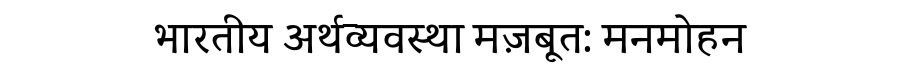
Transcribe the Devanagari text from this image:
भारतीय अर्थव्यवस्था मज़बूत: मनमोहन